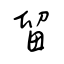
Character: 留